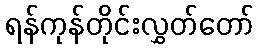
ရန်ကုန်တိုင်းလွှတ်တော်